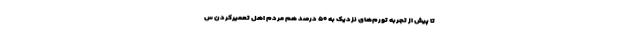
تا پیش از تجربه تورم‌های نزدیک به ۵۰ درصد هم مردم اهل تعمیرکردن س